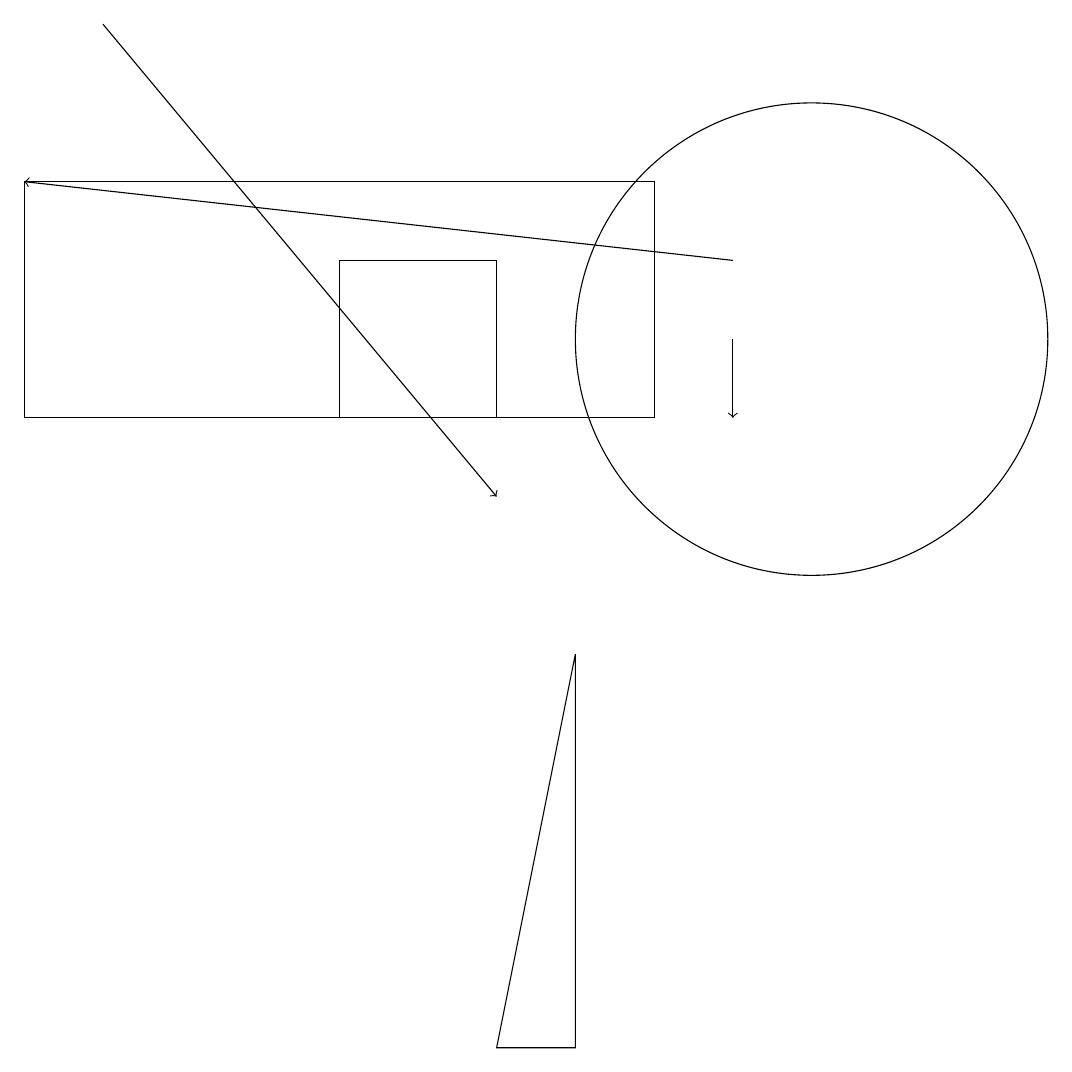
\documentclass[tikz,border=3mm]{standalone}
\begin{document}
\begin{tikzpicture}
\draw (4,11) rectangle (6,13);
\draw[->] (9,12) -- (9,11);
\draw (7,3) -- (6,3) -- (7,8) -- cycle;
\draw[->] (9,13) -- (0,14);
\draw (10,12) circle (3);
\draw (0,14) rectangle (8,11);
\draw[->] (1,16) -- (6,10);
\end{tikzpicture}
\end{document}